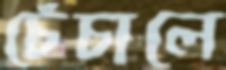
চেঁচালে